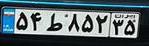
۵۴ط۸۵۴۳۵